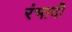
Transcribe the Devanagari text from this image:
रंभादी